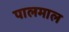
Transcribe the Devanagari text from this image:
पालमाल